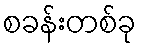
စခန်းတစ်ခု